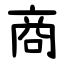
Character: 商